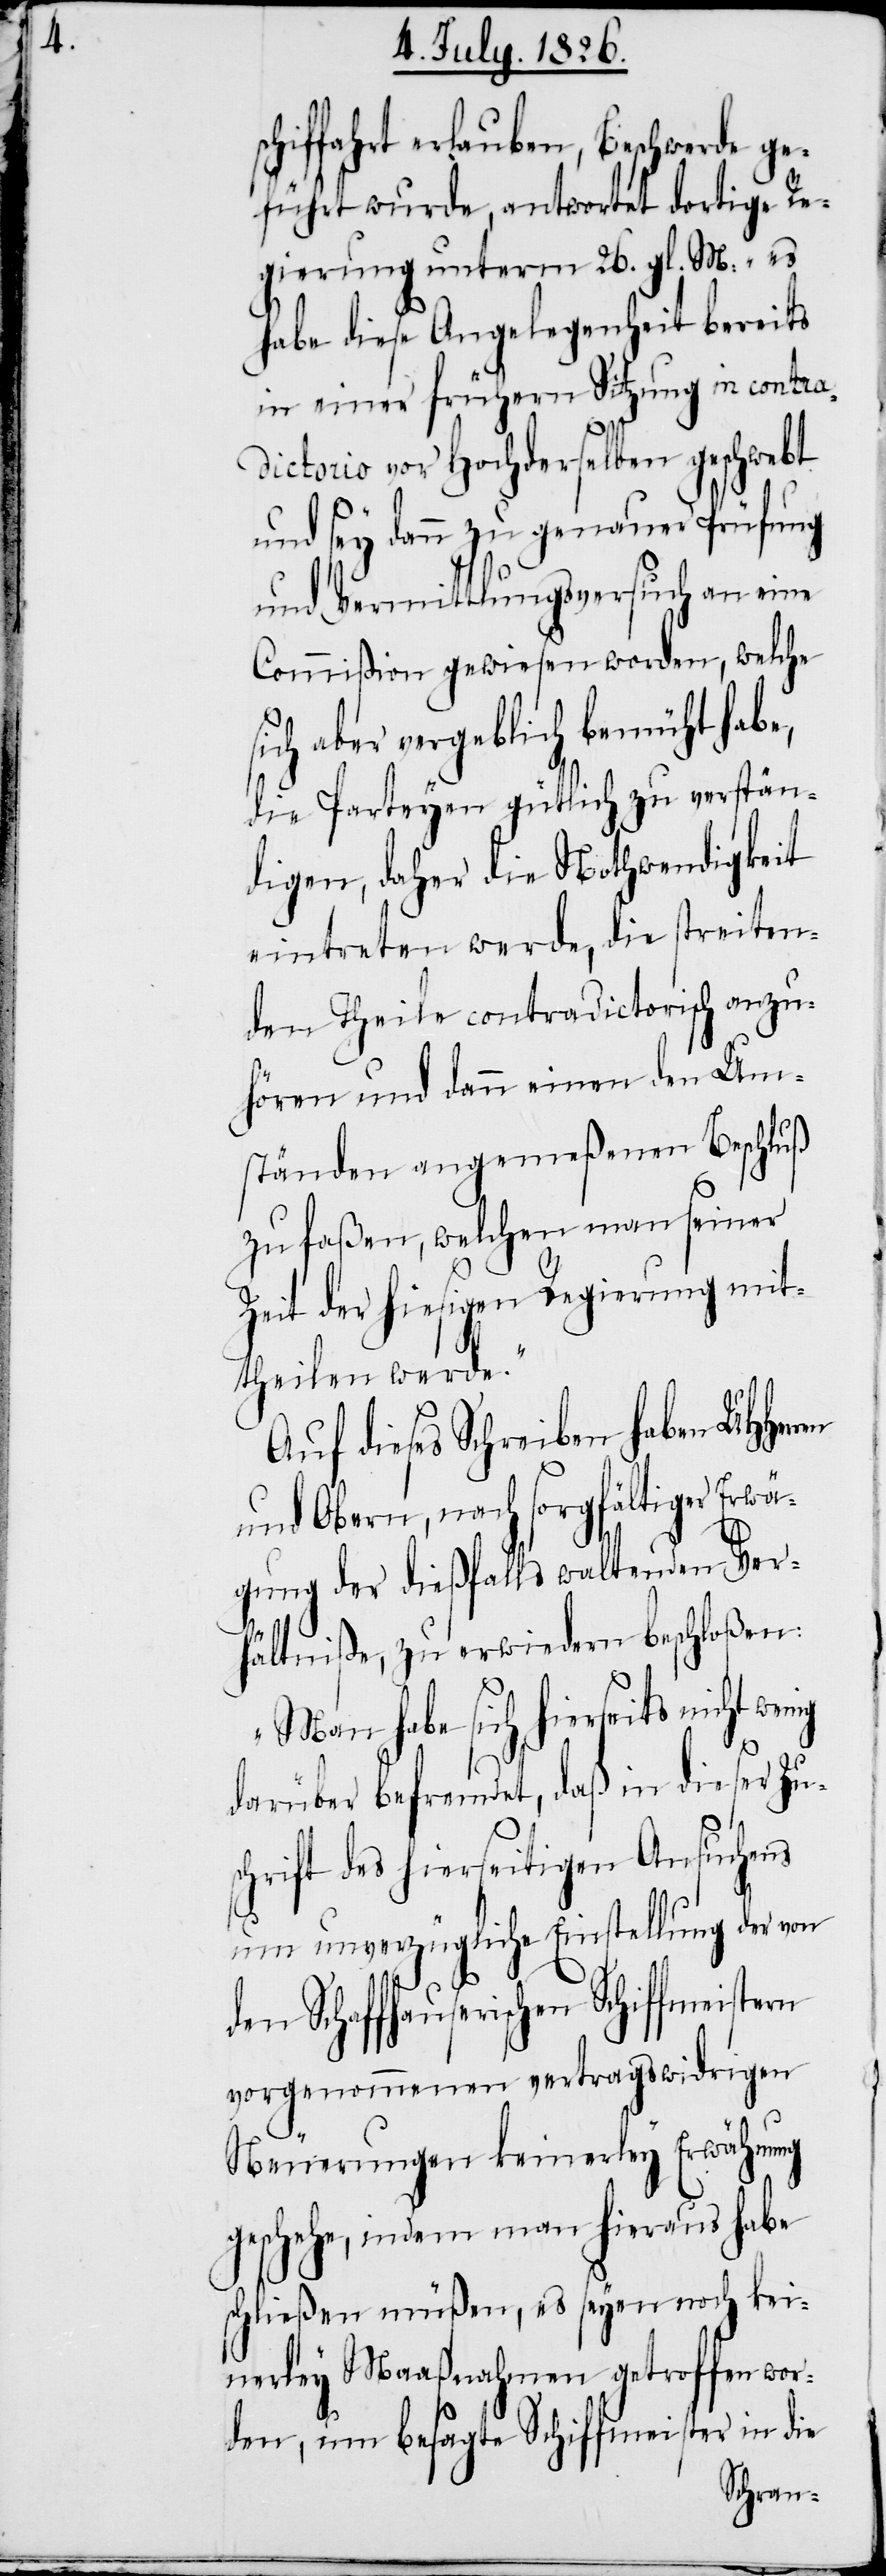
s¬

chiffahrt erlauben, Beschwerde ge¬
führt wurde, antwortet dortige Re¬
gierung unterm 26. gl. M: „es
habe diese Angelegenheit bereits
in einer frühern Sitzung in contra¬
dictorio vor Hochderselben geschwebt
und sey dann zu genauer Prüfung
und Vermittlungsversuch an eine
Commißion gewiesen worden, welche
sich aber vergeblich bemüht habe,
die Parteyen gütlich zu verstän¬
digen, daher die Nothwendigkeit
eintreten werde, die streiten¬
den Theile contradictorisch anzu¬
hören und dann einen den Um¬
ständen angemeßenen Beschluß
zu faßen, welchen man seiner
Zeit der hiesigen Regierung mit¬
theilen werde.“
Auf dieses Schreiben haben
und Obern, nach sorgfältiger Erwä¬
gung der dießfalls waltenden Ver¬
hältniße, zu erwiedern beschloßen:
„Man habe sich hierseits nicht
darüber befremdet, daß in dieser Zu¬
schrift des hierseitigen Ansuchens
um unverzügliche Einstellung der von
den Schaffhauserischen
vorgenommenen vertragswidrigen
Neuerungen keinerley Erwähnung
geschehe, indem man hieraus habe
schließen müßen, es seyen noch kei¬
nerley Maaßnahmen getroffen wor¬
den, um besagte Schiffmeister in die